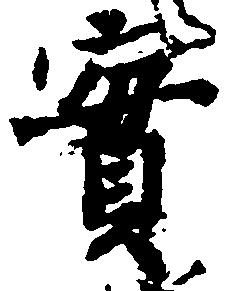
実